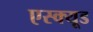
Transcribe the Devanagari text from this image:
एस्क्यूड